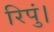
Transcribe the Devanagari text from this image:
रिपुं।